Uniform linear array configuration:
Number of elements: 4
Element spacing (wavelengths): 1
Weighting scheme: kaiser
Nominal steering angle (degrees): -15
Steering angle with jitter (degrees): -16.111
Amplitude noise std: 0.05
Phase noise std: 0.05

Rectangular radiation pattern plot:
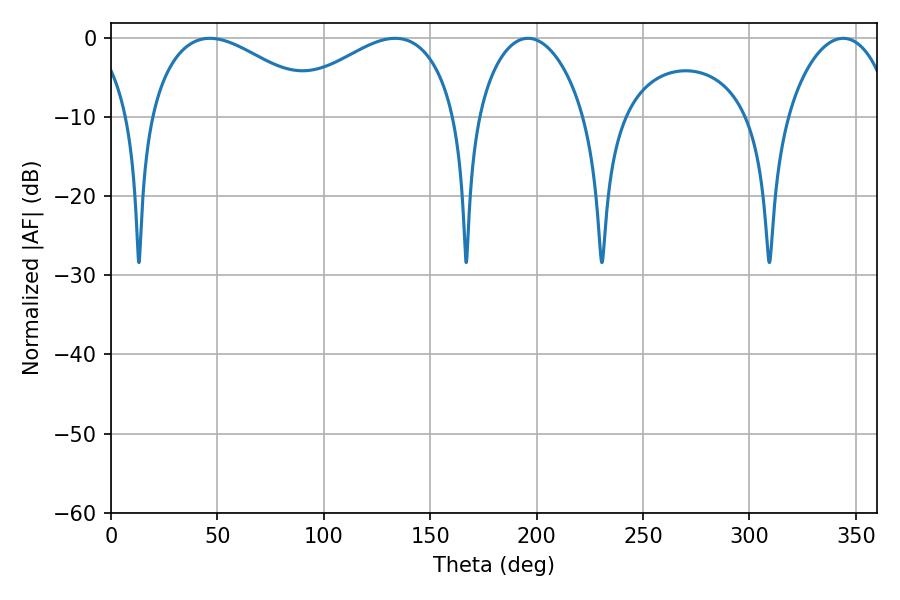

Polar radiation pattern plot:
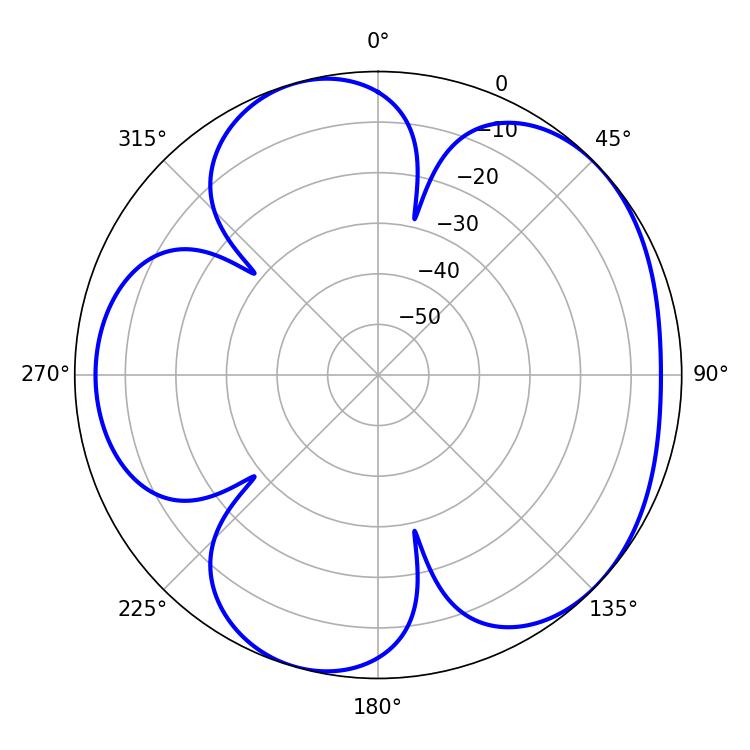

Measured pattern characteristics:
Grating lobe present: TRUE
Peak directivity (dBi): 4.87
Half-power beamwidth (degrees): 45.18
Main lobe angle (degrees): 46.44